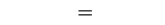
٧٨